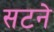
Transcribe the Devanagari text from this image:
सटने